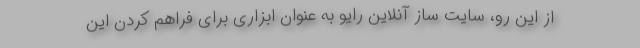
از این رو، سایت ساز آنلاین رایو به عنوان ابزاری برای فراهم کردن این